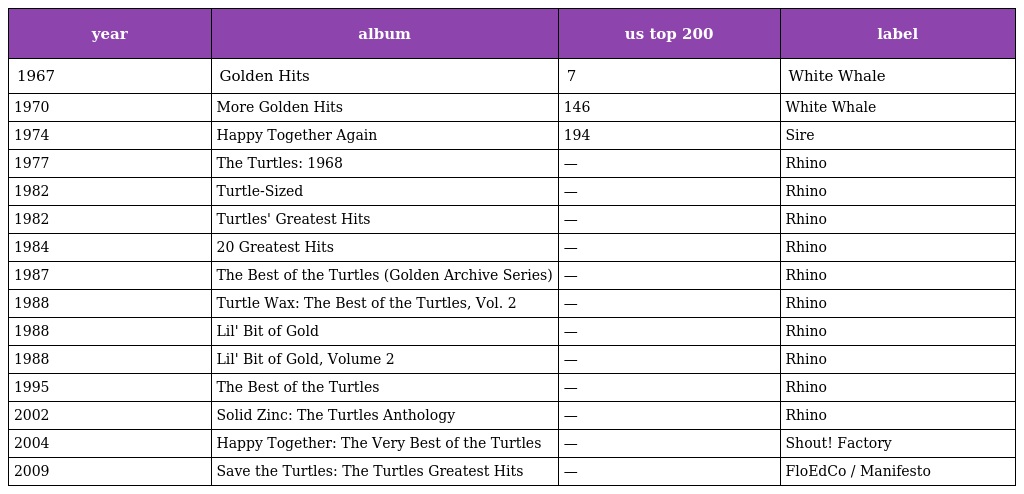
| year | album | us top 200 | label |
 | --- | --- | --- | --- |
 | 1967 | Golden Hits | 7 | White Whale |
 | 1970 | More Golden Hits | 146 | White Whale |
 | 1974 | Happy Together Again | 194 | Sire |
 | 1977 | The Turtles: 1968 | — | Rhino |
 | 1982 | Turtle-Sized | — | Rhino |
 | 1982 | Turtles' Greatest Hits | — | Rhino |
 | 1984 | 20 Greatest Hits | — | Rhino |
 | 1987 | The Best of the Turtles (Golden Archive Series) | — | Rhino |
 | 1988 | Turtle Wax: The Best of the Turtles, Vol. 2 | — | Rhino |
 | 1988 | Lil' Bit of Gold | — | Rhino |
 | 1988 | Lil' Bit of Gold, Volume 2 | — | Rhino |
 | 1995 | The Best of the Turtles | — | Rhino |
 | 2002 | Solid Zinc: The Turtles Anthology | — | Rhino |
 | 2004 | Happy Together: The Very Best of the Turtles | — | Shout! Factory |
 | 2009 | Save the Turtles: The Turtles Greatest Hits | — | FloEdCo / Manifesto |